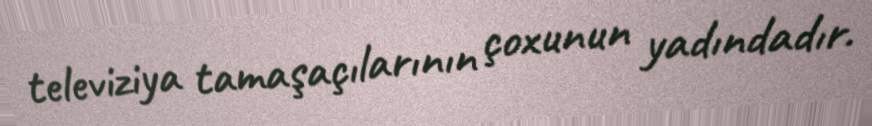
televiziya tamaşaçılarının çoxunun yadındadır.